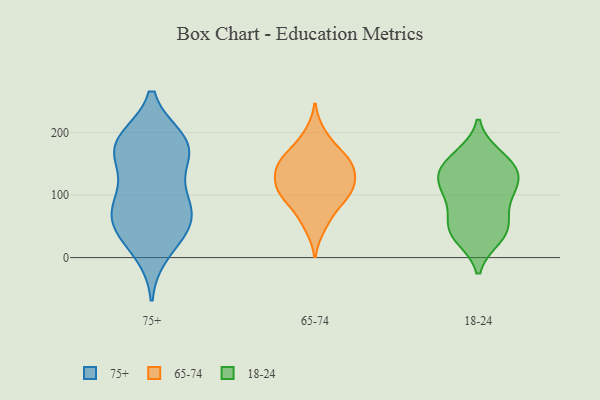
{"axis": {"x": "Inventory Turnover", "y": "Value"}, "legend": ["18-24", "65-74", "75+"], "data": [{"x": "", "y": 179, "type": "75+"}, {"x": "", "y": 153, "type": "75+"}, {"x": "", "y": 103, "type": "75+"}, {"x": "", "y": 44, "type": "75+"}, {"x": "", "y": 44, "type": "75+"}, {"x": "", "y": 83, "type": "75+"}, {"x": "", "y": 52, "type": "75+"}, {"x": "", "y": 173, "type": "75+"}, {"x": "", "y": 176, "type": "75+"}, {"x": "", "y": 187, "type": "75+"}, {"x": "", "y": 74, "type": "75+"}, {"x": "", "y": 10, "type": "75+"}, {"x": "", "y": 185, "type": "75+"}, {"x": "", "y": 84, "type": "75+"}, {"x": "", "y": 72, "type": "65-74"}, {"x": "", "y": 90, "type": "65-74"}, {"x": "", "y": 153, "type": "65-74"}, {"x": "", "y": 130, "type": "65-74"}, {"x": "", "y": 119, "type": "65-74"}, {"x": "", "y": 108, "type": "65-74"}, {"x": "", "y": 110, "type": "65-74"}, {"x": "", "y": 102, "type": "65-74"}, {"x": "", "y": 48, "type": "65-74"}, {"x": "", "y": 152, "type": "65-74"}, {"x": "", "y": 141, "type": "65-74"}, {"x": "", "y": 172, "type": "65-74"}, {"x": "", "y": 199, "type": "65-74"}, {"x": "", "y": 157, "type": "65-74"}, {"x": "", "y": 150, "type": "18-24"}, {"x": "", "y": 161, "type": "18-24"}, {"x": "", "y": 148, "type": "18-24"}, {"x": "", "y": 34, "type": "18-24"}, {"x": "", "y": 45, "type": "18-24"}, {"x": "", "y": 96, "type": "18-24"}, {"x": "", "y": 45, "type": "18-24"}, {"x": "", "y": 94, "type": "18-24"}, {"x": "", "y": 131, "type": "18-24"}, {"x": "", "y": 124, "type": "18-24"}, {"x": "", "y": 118, "type": "18-24"}, {"x": "", "y": 48, "type": "18-24"}]}